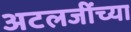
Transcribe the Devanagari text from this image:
अटलजींच्या